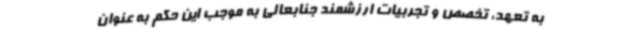
به تعهد، تخصص و تجربیات ارزشمند جنابعالی به موجب این حکم به عنوان